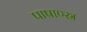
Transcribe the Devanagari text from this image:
पाषाण्स्र